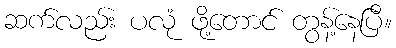
ဆက်လည်း ပလုံ ဖို့တောင် တွန့်နေပြီ။